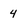
Character: 4